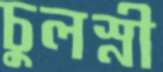
চুলস্নী